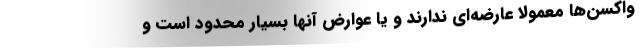
واکسن‌ها معمولاً عارضه‌ای ندارند و یا عوارض آنها بسیار محدود است و